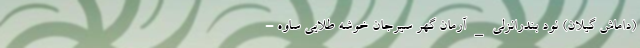
(داماش گیلان) نود بندرانزلی _ آرمان گهر سیرجان خوشه طلایی ساوه -